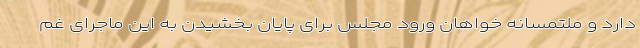
دارد و ملتمسانه خواهان ورود مجلس برای پایان بخشیدن به این ماجرای غم